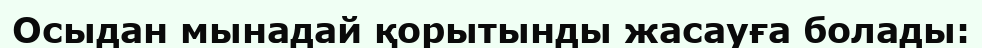
Осыдан мынадай қорытынды жасауға болады: